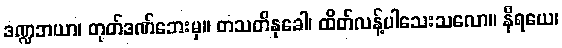
ဒဏ္ဍဘယာ၊ တုတ်ဒဏ်ဘေးမှ။ တသတိနုခေါ၊ ထိတ်လန့်ပါသေးသလော။ နိရယေ၊